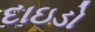
દાઇડો